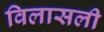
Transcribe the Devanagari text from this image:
विलासली